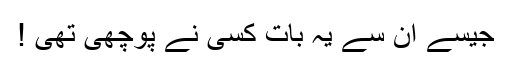
جیسے ان سے یہ بات کسی نے پوچھی تھی !